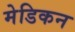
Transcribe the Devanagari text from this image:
मेडिकन